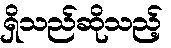
ရှိသည်ဆိုသည့်